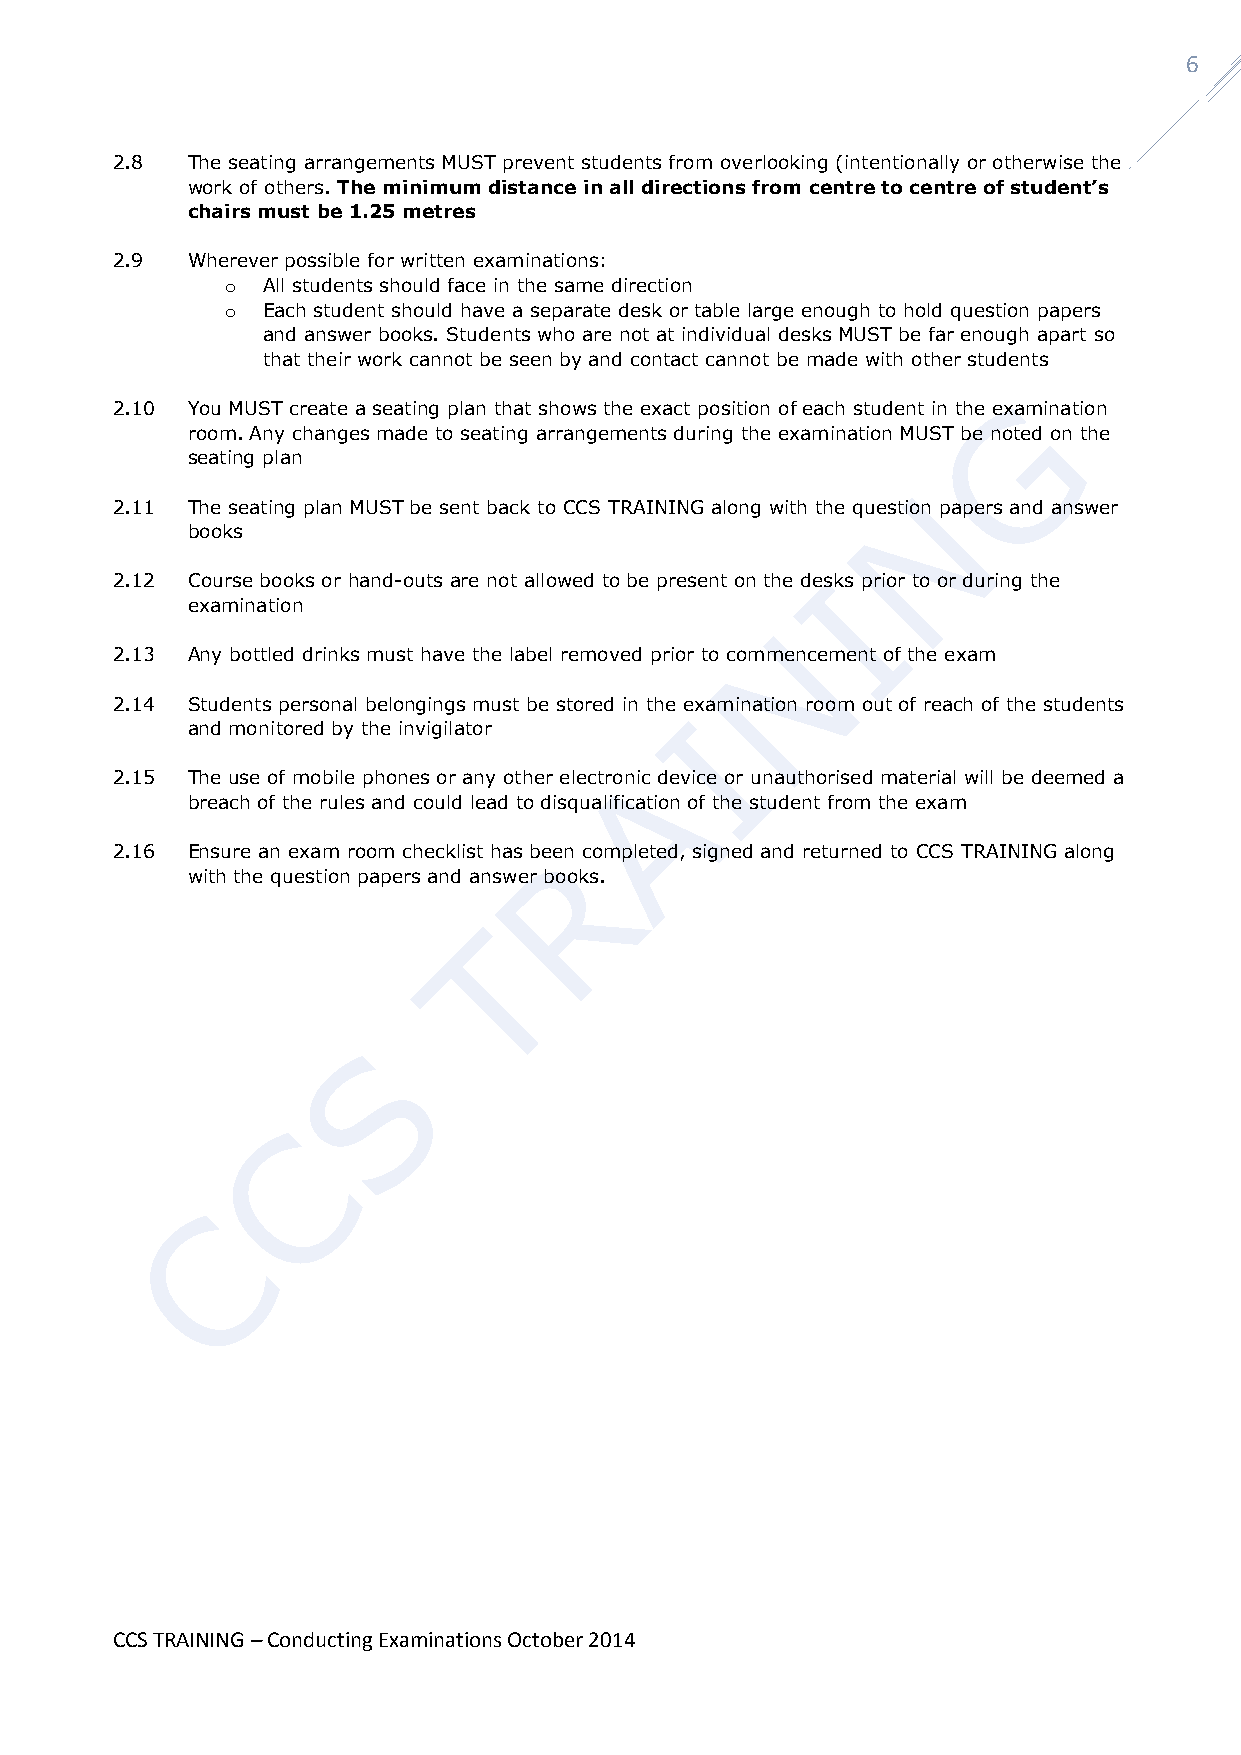
6
 2.8  The seating arrangements MUST prevent students from overlooking (intentionally or otherwise the
 work of others. The minimum distance in all directions from centre to centre of student’s
 chairs must be 1.25 metres
 2.9  Wherever possible for written examinations:
 o All students should face in the same direction
 o Each student should have a separate desk or table large enough to hold question papers
 and answer books. Students who are not at individual desks MUST be far enough apart so
 that their work cannot be seen by and contact cannot be made with other students
 2.10 You MUST create a seating plan that shows the exact position of each student in the examination
 room. Any changes made to seating arrangements during the examination MUST be noted on the
 seating plan
 2.11 The seating plan MUST be sent back to CCS TRAINING along with the question papers and answer
 books
 2.12 Course books or hand-outs are not allowed to be present on the desks prior to or during the
 examination
 2.13 Any bottled drinks must have the label removed prior to commencement of the exam
 2.14 Students personal belongings must be stored in the examination room out of reach of the students
 and monitored by the invigilator
 2.15 The use of mobile phones or any other electronic device or unauthorised material will be deemed a
 breach of the rules and could lead to disqualification of the student from the exam
 2.16 Ensure an exam room checklist has been completed, signed and returned to CCS TRAINING along
 with the question papers and answer books.
 CCS TRAINING – Conducting Examinations October 2014